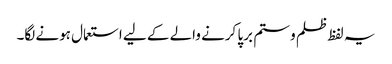
یہ لفظ ظلم و ستم برپا کرنے والے کے لیے استعمال ہونے لگا۔